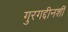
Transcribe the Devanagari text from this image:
गुरगद्दीनशीं